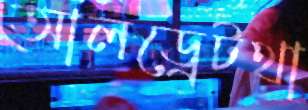
আলড্রেটথা